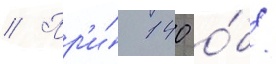
// Пр'и́ 140 о́б/